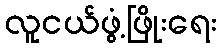
လူငယ်ဖွံ့ဖြိုးရေး